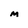
Character: M